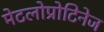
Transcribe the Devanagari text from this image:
मेटलोप्रोटिनेज